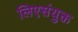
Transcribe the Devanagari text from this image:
लिएसंयुक्त